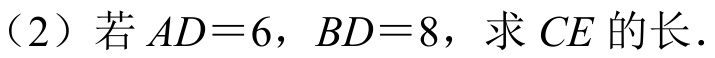
（2）若\(AD = 6\)，\(BD = 8\)，求\(CE\)的长.